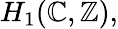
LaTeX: H_{1}(\mathbb{C},\mathbb{{Z}}),